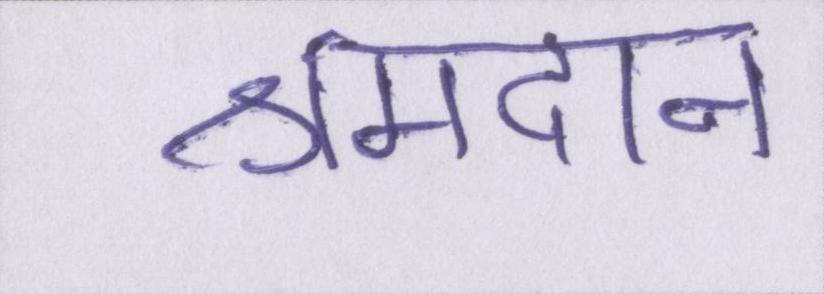
श्रमदान